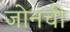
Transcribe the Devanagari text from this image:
जोनची